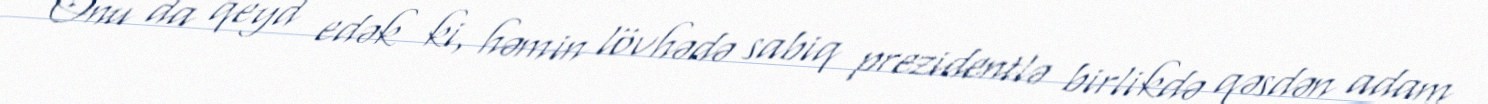
Onu da qeyd edək ki, həmin lövhədə sabiq prezidentlə birlikdə qəsdən adam